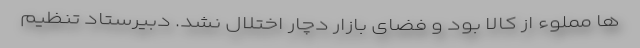
ها مملوء از کالا بود و فضای بازار دچار اختلال نشد. دبیرستاد تنظیم